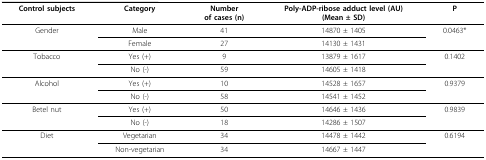
<table><thead><tr><td><b>Control subjects</b></td><td><b>Category</b></td><td><b>Numberof cases (n)</b></td><td><b>Poly-ADP-ribose adduct level (AU)(Mean ± SD)</b></td><td><b>P</b></td></tr></thead><tbody><tr><td>Gender</td><td>Male</td><td>41</td><td>14870 ± 1405</td><td>0.0463*</td></tr><tr><td></td><td>Female</td><td>27</td><td>14130 ± 1431</td><td></td></tr><tr><td>Tobacco</td><td>Yes (+)</td><td>9</td><td>13879 ± 1617</td><td>0.1402</td></tr><tr><td></td><td>No (-)</td><td>59</td><td>14605 ± 1418</td><td></td></tr><tr><td>Alcohol</td><td>Yes (+)</td><td>10</td><td>14528 ± 1657</td><td>0.9379</td></tr><tr><td></td><td>No (-)</td><td>58</td><td>14541 ± 1452</td><td></td></tr><tr><td>Betel nut</td><td>Yes (+)</td><td>50</td><td>14646 ± 1436</td><td>0.9839</td></tr><tr><td></td><td>No (-)</td><td>18</td><td>14286 ± 1507</td><td></td></tr><tr><td>Diet</td><td>Vegetarian</td><td>34</td><td>14478 ± 1442</td><td>0.6194</td></tr><tr><td></td><td>Non-vegetarian</td><td>34</td><td>14667 ± 1447</td><td></td></tr></tbody></table>